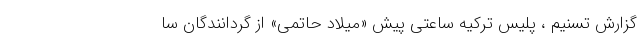
گزارش تسنیم ، پلیس ترکیه ساعتی پیش «میلاد حاتمی» از گردانندگان سا